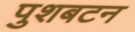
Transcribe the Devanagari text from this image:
पुशबटन